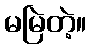
မမြဲတဲ့။